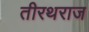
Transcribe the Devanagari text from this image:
तीरथराज